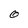
Character: O